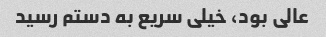
عالی بود، خیلی سریع به دستم رسید